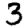
Digit: 3